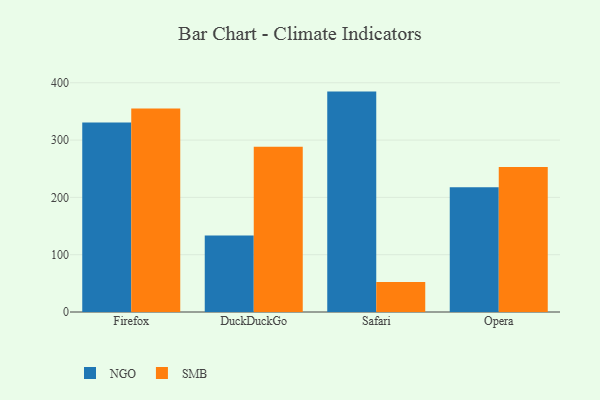
{"axis": {"x": "Browser", "y": "Latency (ms)"}, "legend": ["NGO", "SMB"], "data": [{"x": "Firefox", "y": 330.6, "type": "NGO"}, {"x": "Firefox", "y": 355.0, "type": "SMB"}, {"x": "DuckDuckGo", "y": 133.7, "type": "NGO"}, {"x": "DuckDuckGo", "y": 288.4, "type": "SMB"}, {"x": "Safari", "y": 384.6, "type": "NGO"}, {"x": "Safari", "y": 52.4, "type": "SMB"}, {"x": "Opera", "y": 217.6, "type": "NGO"}, {"x": "Opera", "y": 252.9, "type": "SMB"}]}